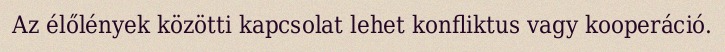
Az élőlények közötti kapcsolat lehet konfliktus vagy kooperáció.